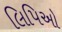
લિપિઓ